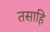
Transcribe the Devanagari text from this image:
तसाहि